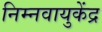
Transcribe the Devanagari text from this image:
निम्नवायुकेंद्र